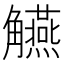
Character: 觾